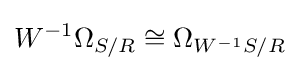
W^{-1}\Omega _{S/R}\cong \Omega _{W^{-1}S/R}